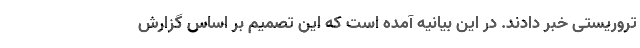
تروریستی خبر دادند. در این بیانیه آمده است که این تصمیم بر اساس گزارش